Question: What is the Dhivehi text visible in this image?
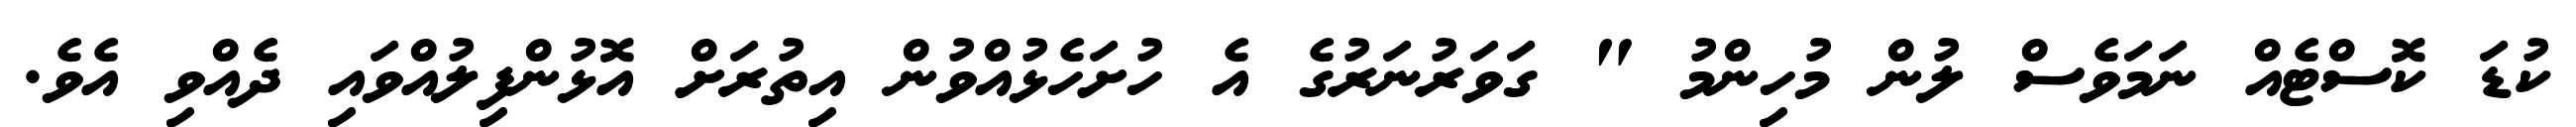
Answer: ކުޑަ ކޮސްޓެއް ނަމަވެސް ލުން މުހިންމު " ގަވަރުނަރުގެ އެ ހުށަހެޅުއްވުން އިތުރަށް އޮޅުންފިލުއްވައި ދެއްވި އެވެ.